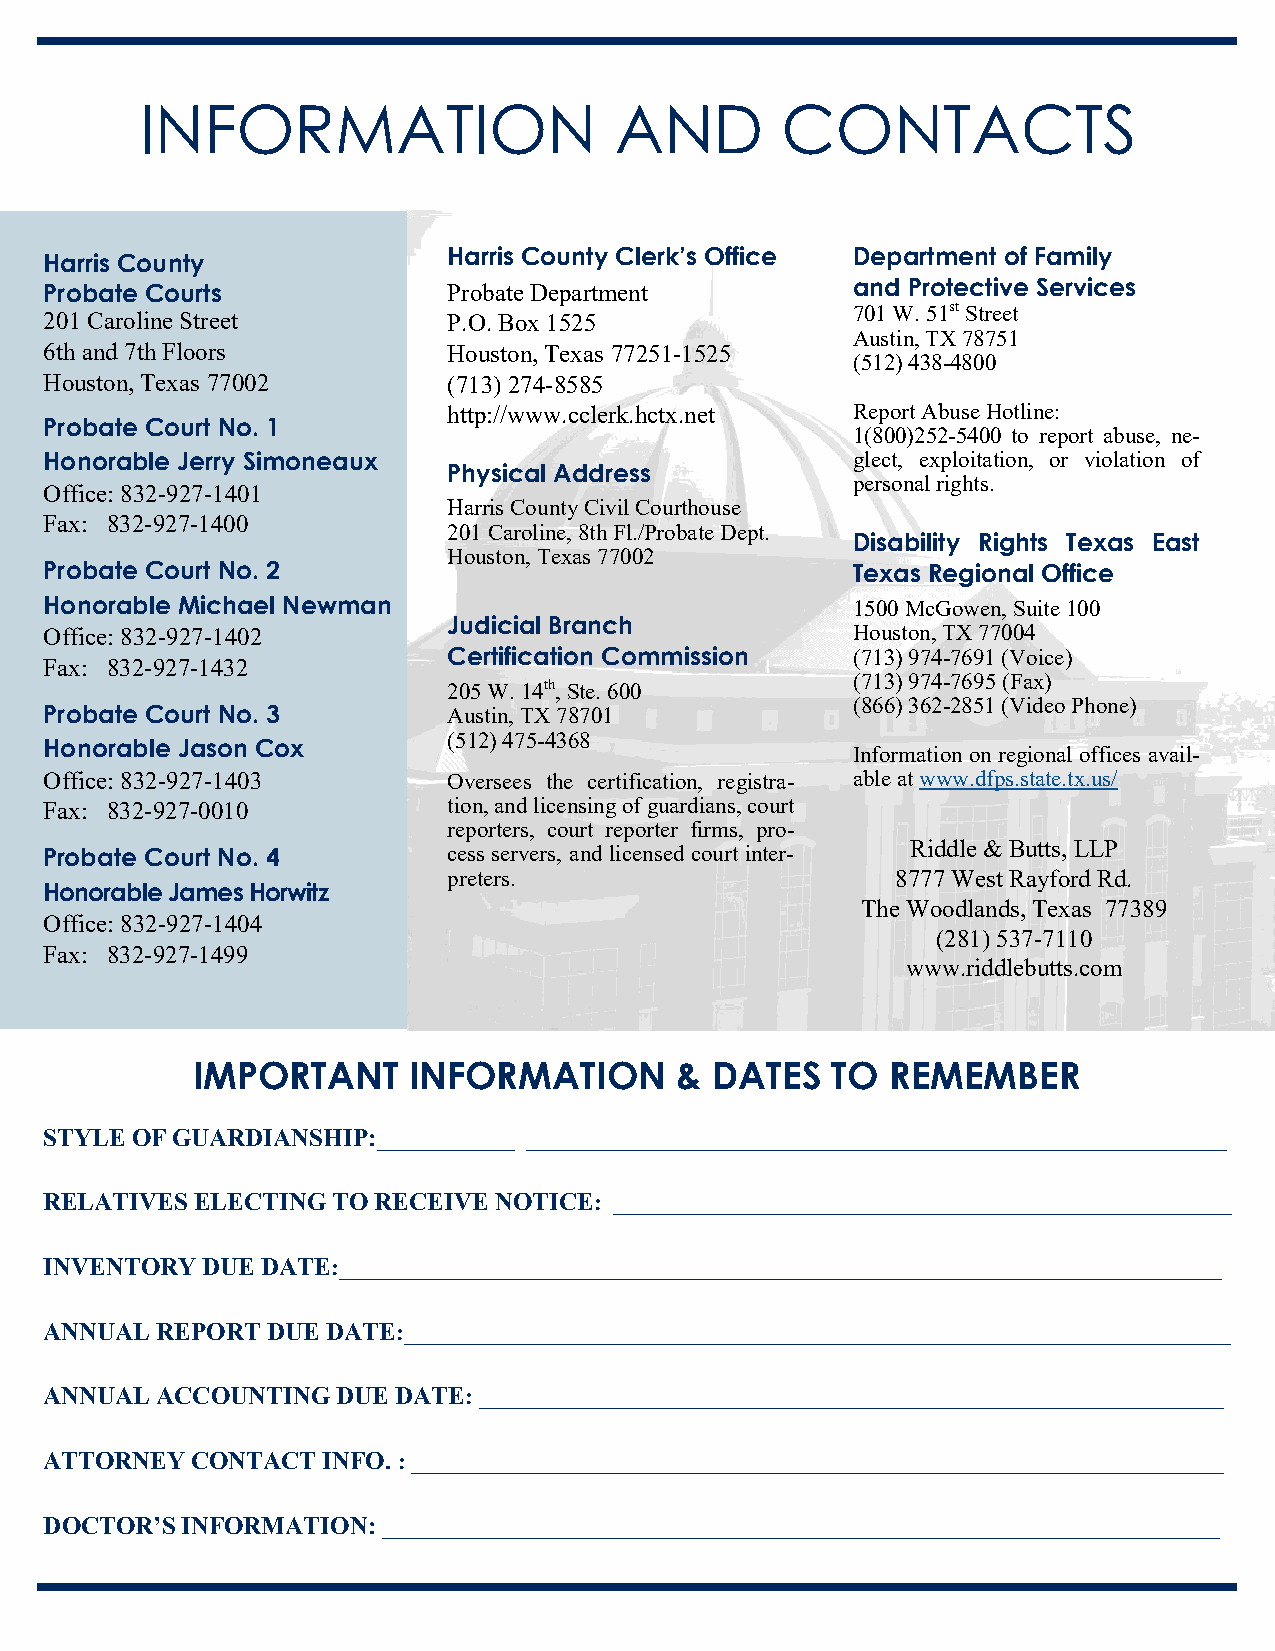
INFORMATION                     AND        CONTACTS
 Harris County Clerk’s Office Department of Family
 Harris County
 Probate Courts             Probate Department        and Protective Services
 701 W. 51st Street
 201 Caroline Street        P.O. Box 1525
 Austin, TX 78751
 6th and 7th Floors         Houston, Texas 77251-1525
 (512) 438-4800
 Houston, Texas 77002       (713) 274-8585
 http://www.cclerk.hctx.net Report Abuse Hotline:
 Probate Court No. 1
 1(800)252-5400 to report abuse, ne-
 Honorable Jerry Simoneaux                            glect, exploitation, or violation of
 Physical Address
 personal rights.
 Office: 832-927-1401
 Harris County Civil Courthouse
 Fax: 832-927-1400
 201 Caroline, 8th Fl./Probate Dept.
 Disability Rights Texas East
 Houston, Texas 77002
 Probate Court No. 2                                  Texas Regional Office
 Honorable Michael Newman                             1500 McGowen, Suite 100
 Judicial Branch
 Office: 832-927-1402                                 Houston, TX 77004
 Certification Commission  (713) 974-7691 (Voice)
 Fax: 832-927-1432
 (713) 974-7695 (Fax)
 205 W. 14th, Ste. 600
 (866) 362-2851 (Video Phone)
 Probate Court No. 3        Austin, TX 78701
 (512) 475-4368
 Honorable Jason Cox
 Information on regional offices avail-
 Office: 832-927-1403       Oversees the certification, registra- able at www.dfps.state.tx.us/
 Fax: 832-927-0010          tion, and licensing of guardians, court
 reporters, court reporter firms, pro-
 Probate Court No. 4        cess servers, and licensed court inter- Riddle & Butts, LLP
 preters.                     8777 West Rayford Rd.
 Honorable James Horwitz
 The Woodlands, Texas 77389
 Office: 832-927-1404
 (281) 537-7110
 Fax: 832-927-1499
 www.riddlebutts.com
 IMPORTANT     INFORMATION       & DATES   TO  REMEMBER
 STYLE OF GUARDIANSHIP:___________ ________________________________________________________
 RELATIVES ELECTING TO RECEIVE NOTICE: ______________________________________________________
 INVENTORY DUE DATE:_____________________________________________________________________________
 ANNUAL REPORT  DUE DATE:________________________________________________________________________
 ANNUAL ACCOUNTING  DUE DATE: _________________________________________________________________
 ATTORNEY  CONTACT INFO. : _________________________________________________________________
 DOCTOR’S INFORMATION: ___________________________________________________________________